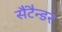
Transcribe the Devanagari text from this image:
सैंटैन्डर